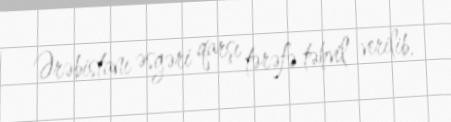
Ərəbistanı əsgəri qarşı tərəfə təhvil verilib.